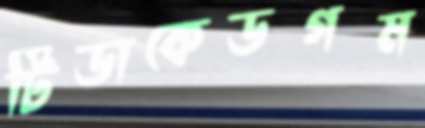
টিডাকেডগম